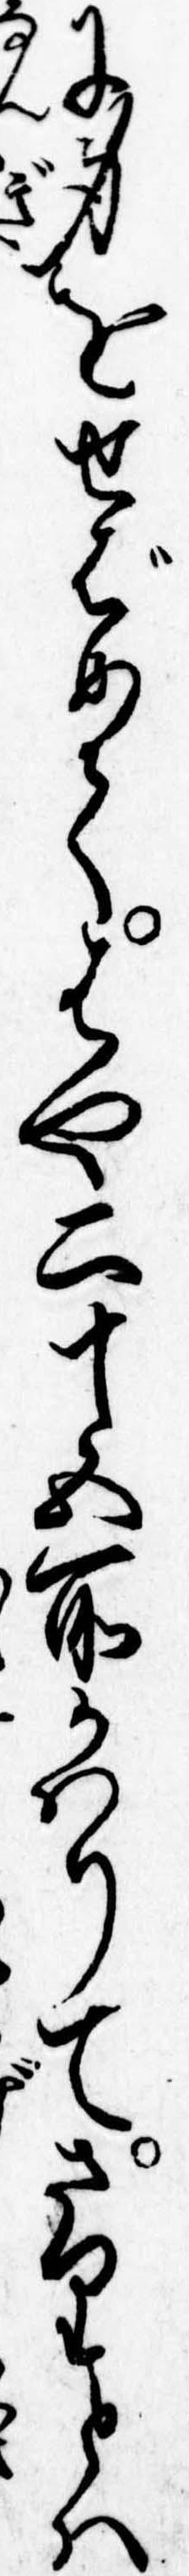
に身をせばめてはや二十五所かはりてさりとは